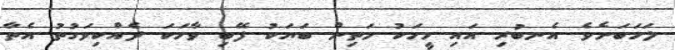
ލަހަބަށެވެ. އެނބުރި އައި މީހަކު މަތިން ބަޔަކު ފޭބި ވާހަކަ ދެއްކިވަގުތު އެތާ